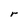
Character: r